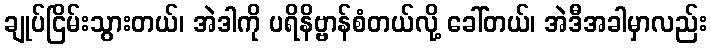
ချုပ်ငြိမ်းသွားတယ်၊ အဲဒါကို ပရိနိဗ္ဗာန်စံတယ်လို့ ခေါ်တယ်၊ အဲဒီအခါမှာလည်း